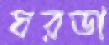
ঘরডা